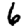
Digit: 6